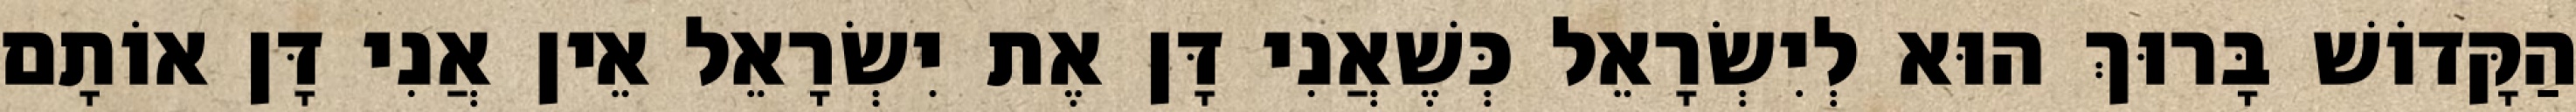
הַקָּדוֹשׁ בָּרוּךְ הוּא לְיִשְׂרָאֵל כְּשֶׁאֲנִי דָּן אֶת יִשְׂרָאֵל אֵין אֲנִי דָּן אוֹתָם